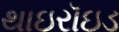
થાઇરૉઇડ